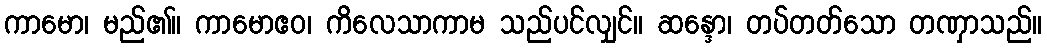
ကာမော၊ မည်၏။ ကာမောဧဝ၊ ကိလေသာကာမ သည်ပင်လျှင်။ ဆန္ဒော၊ တပ်တတ်သော တဏှာသည်။